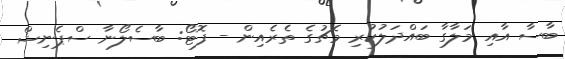
ބާސާ އާއި މަލާގާ ބައްދަލުކުރި މެޗުގެ ތެރެއިން - ފޮޓޯ: ބާސެލޯނާ ސްޕެނިޝް